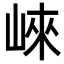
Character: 崍